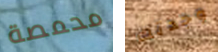
محمصة وجدتك